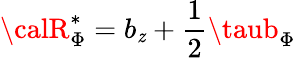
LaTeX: {\calR}_{\Phi}^{*}=b_{\mathit{z}}+\frac{{1}}{{2}}\taub_{\Phi}